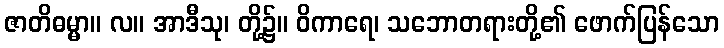
ဇာတိဓမ္မာ။ လ။ အာဒီသု၊ တို့၌။ ဝိကာရေ၊ သဘောတရားတို့၏ ဖောက်ပြန်သော